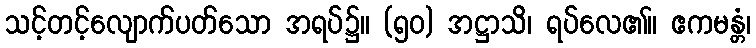
သင့်တင့်လျောက်ပတ်သော အရပ်၌။ (၅၀) အဋ္ဌာသိ၊ ရပ်လေ၏။ ဧကမန္တံ၊